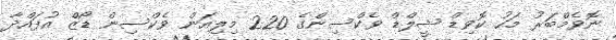
ނޮވެމްބަރު މަހު ކޮވިޑް ޝީލްޑް ވެކްސިންގެ 220 މިލިއަން ވެކްސިން ޑޯޒް އުފައްދާ